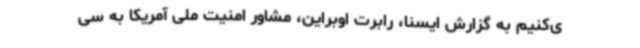
ی‌کنیم به گزارش ایسنا، رابرت اوبراین، مشاور امنیت ملی آمریکا به سی